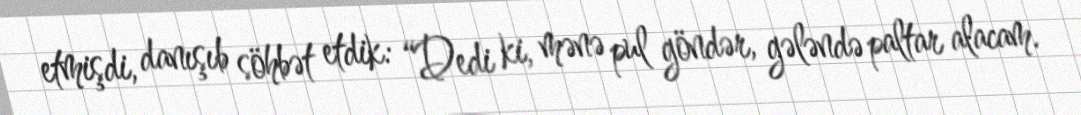
etmişdi, danışıb söhbət etdik: “Dedi ki, mənə pul göndər, gələndə paltar alacam.